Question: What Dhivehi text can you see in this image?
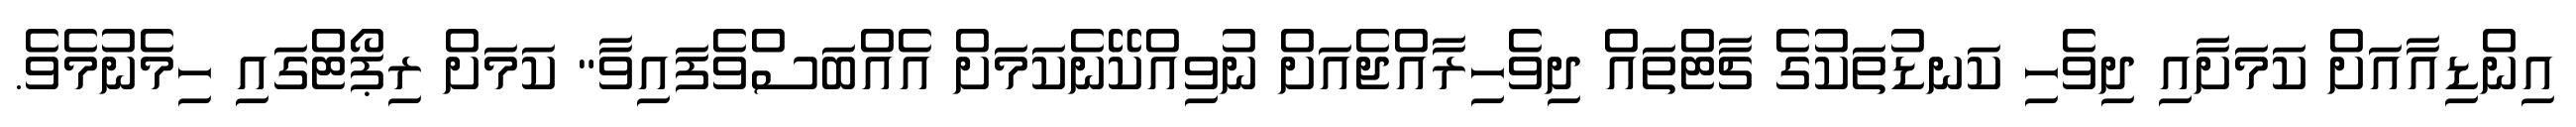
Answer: އިންޑިއާއަށް ކަމަށާއި ދިވެހި ކަނޑުތަކުގެ ޗާޓްތައް ދިވެހިރާއްޖެއަށް ނުވިއްކޭނެކަމަށް އެއްބަސްވެފައިވާ" ކަމަށް ރިޕޯޓްގައި ހިމެނުމެވެ.